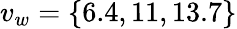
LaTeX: v_{w}=\{ 6.4,11,13.7\}